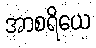
အာစရိယေ